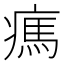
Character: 㾺